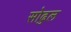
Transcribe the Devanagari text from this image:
सोढुल